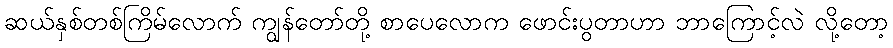
ဆယ်နှစ်တစ်ကြိမ်လောက် ကျွန်တော်တို့ စာပေလောက ဖောင်းပွတာဟာ ဘာကြောင့်လဲ လို့တော့